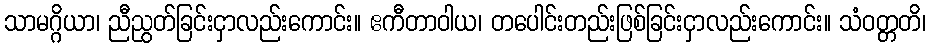
သာမဂ္ဂိယာ၊ ညီညွတ်ခြင်းငှာလည်းကောင်း။ ဧကီတာဝါယ၊ တပေါင်းတည်းဖြစ်ခြင်းငှာလည်းကောင်း။ သံဝတ္တတိ၊